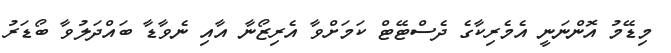
މިޑޭމު އޮންނަނީ އެމެރިކާގެ ދެސްޓޭޓް ކަމަށްވާ އެރިޒޯނާ އާއި ނެވާޑާ ބައްދަލުވާ ބޯޑަރު